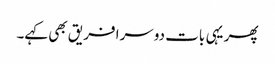
پھر یہی بات دوسرا فریق بھی کہے۔